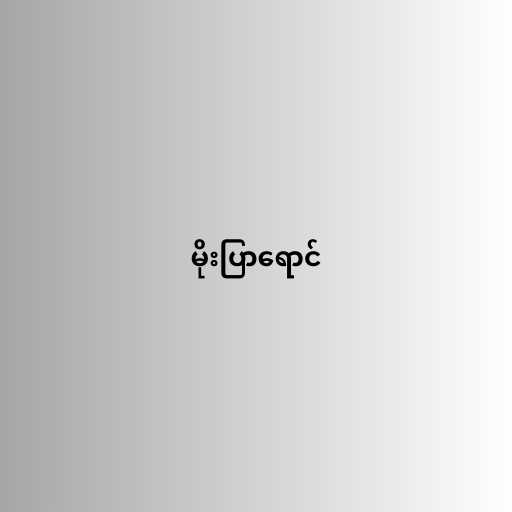
မိုးပြာရောင်